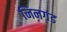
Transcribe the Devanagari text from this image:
निनगंड